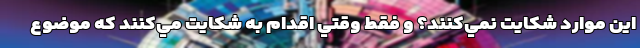
اين موارد شكايت نمي‌كنند؟ و فقط وقتي اقدام به شكايت مي‌كنند كه موضوع